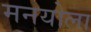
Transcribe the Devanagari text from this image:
मनयोला